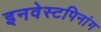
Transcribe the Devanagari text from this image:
इनवेस्टपिनांग